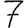
Digit: 7